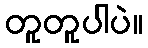
တူတူပါပဲ။